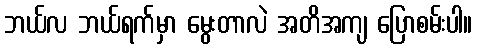
ဘယ်လ ဘယ်ရက်မှာ မွေးတာလဲ အတိအကျ ပြောစမ်းပါ။